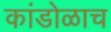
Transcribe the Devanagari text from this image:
कांडोळाच